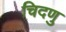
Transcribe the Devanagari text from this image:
चिदणु